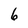
Character: 6